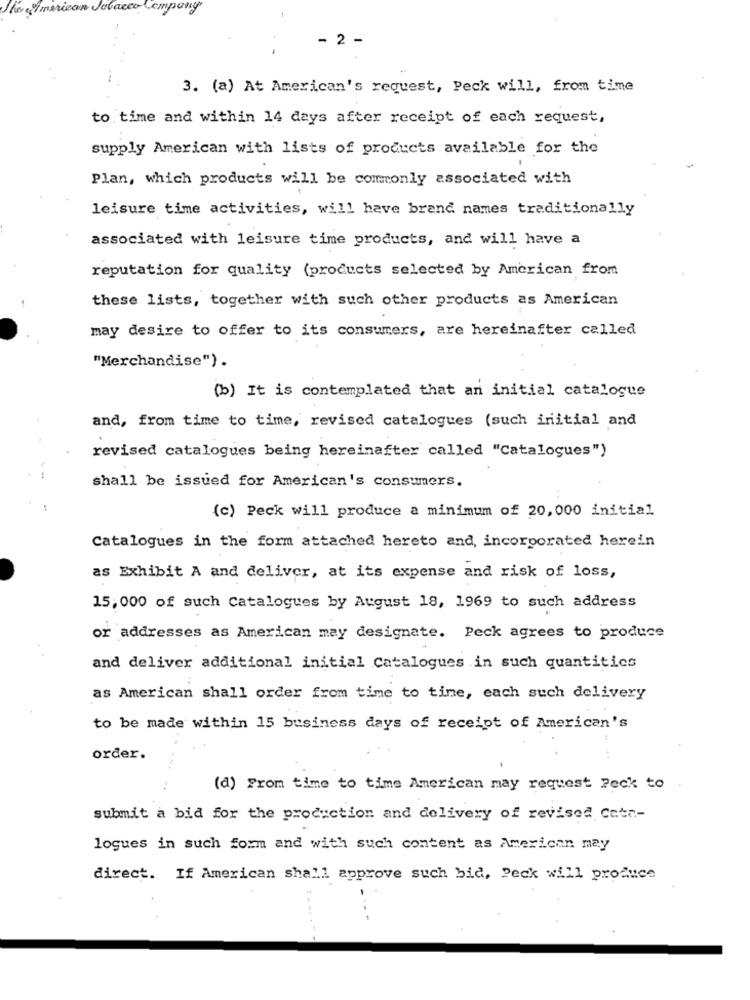
to al merican Tobacco
- 2 -
3. (a) At American's request, Peck will, from time
to time and within 14 days after receipt of each request,
supply American with lists of products available for the
Plan, which products will be commonly associated with
leisure time activities, will have brand names traditionally
associated with leisure time products, and will have a
reputation for quality (products selected by American from
these lists, together with such other products as American
may desire to offer to its consumers, are hereinafter called
"Merchandise").
(b) It is contemplated that an initial catalogue
and, from time to time, revised catalogues (such initial and
revised catalogues being hereinafter called "Catalogues")
shall be issued for American's consumers.
(c) Peck will produce a minimum of 20, 000 initial
Catalogues in the form attached hereto and, incorporated herein
as Exhibit A and deliver, at its expense and risk of loss,
15,000 of such Catalogues by August 18, 1969 to such address
or addresses as American may designate. Peck agrees to produce
and deliver additional initial Catalogues in such quantities
as American shall order from time to time, each such delivery
to be made within 15 business days of receipt of American's
order.
(d) From time to time American may request Peck to
submit a bid for the production and delivery of revised Cate-
logues in such form and with such content as American may
direct. If American shall approve such bid, Peck will produce
....